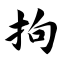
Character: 拘